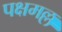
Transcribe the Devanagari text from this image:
पक्षमल्ल